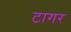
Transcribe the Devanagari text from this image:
टागर